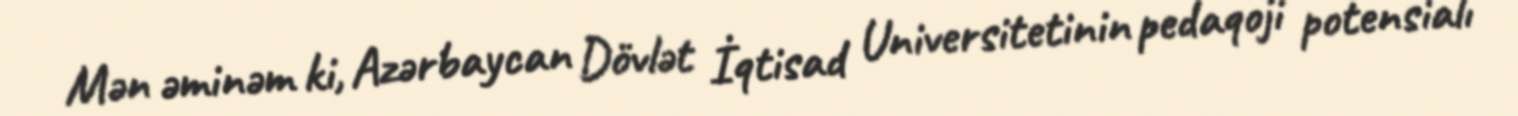
Mən əminəm ki, Azərbaycan Dövlət İqtisad Universitetinin pedaqoji potensialı